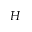
H